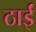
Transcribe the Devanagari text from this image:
ठाईं